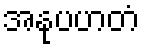
အနုပဟတံ